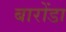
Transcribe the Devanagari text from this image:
बारोंडा